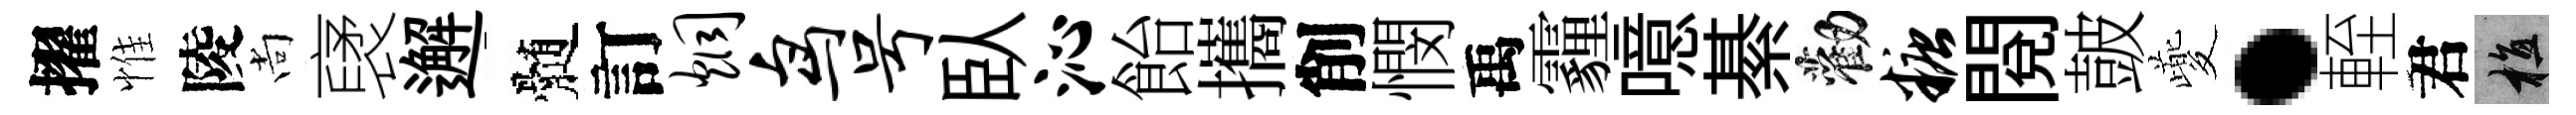
擢惟陵尚裦邂髄訂炯鸟号臥沁飴攜削憫禹霾噫綦勸糖閲皷夔·輊君植